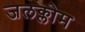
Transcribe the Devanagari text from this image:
जलक्लोम